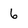
Character: 6